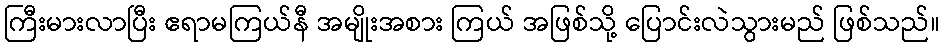
ကြီးမားလာပြီး ဧရာမကြယ်နီ အမျိုးအစား ကြယ် အဖြစ်သို့ ပြောင်းလဲသွားမည် ဖြစ်သည်။